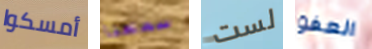
أمسكوا سمعنا لست العفو